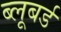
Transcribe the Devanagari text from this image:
ब्लूबर्ड